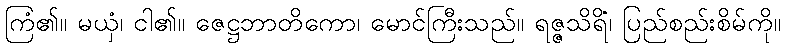
ကြံ၏။ မယှံ၊ ငါ၏။ ဇေဋ္ဌဘာတိကော၊ မောင်ကြီးသည်။ ရဇ္ဇသိရိံ၊ ပြည်စည်းစိမ်ကို။